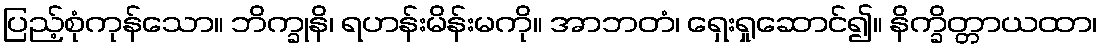
ပြည့်စုံကုန်သော။ ဘိက္ခုနိ၊ ရဟန်းမိန်းမကို။ အာဘတံ၊ ရှေးရှုဆောင်၍။ နိက္ခိတ္တာယထာ၊